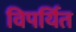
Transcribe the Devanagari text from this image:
विपर्यित